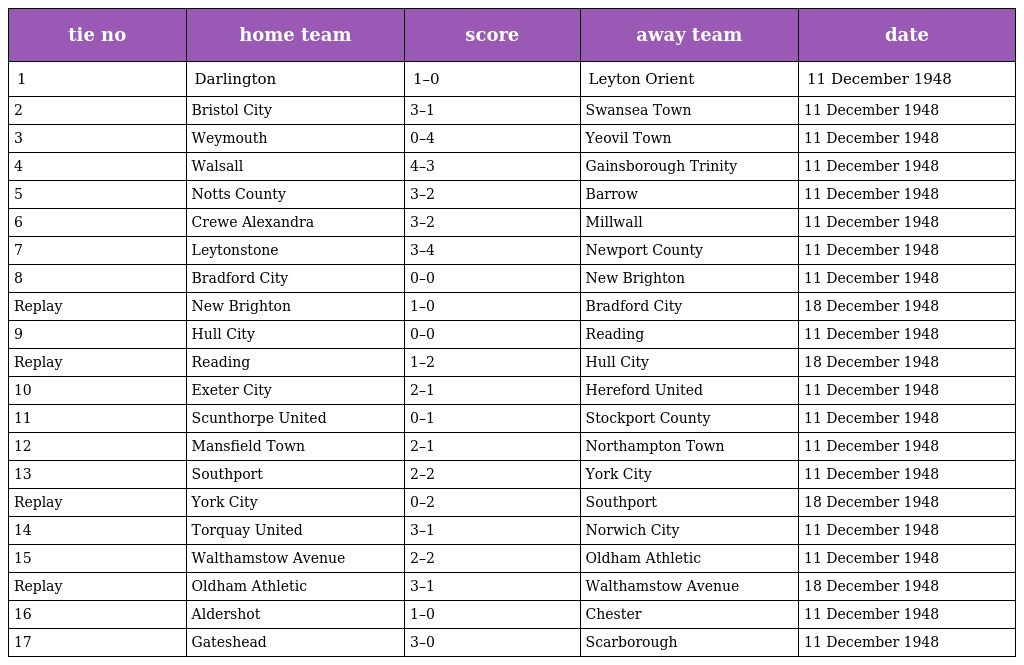
| tie no | home team | score | away team | date |
 | --- | --- | --- | --- | --- |
 | 1 | Darlington | 1–0 | Leyton Orient | 11 December 1948 |
 | 2 | Bristol City | 3–1 | Swansea Town | 11 December 1948 |
 | 3 | Weymouth | 0–4 | Yeovil Town | 11 December 1948 |
 | 4 | Walsall | 4–3 | Gainsborough Trinity | 11 December 1948 |
 | 5 | Notts County | 3–2 | Barrow | 11 December 1948 |
 | 6 | Crewe Alexandra | 3–2 | Millwall | 11 December 1948 |
 | 7 | Leytonstone | 3–4 | Newport County | 11 December 1948 |
 | 8 | Bradford City | 0–0 | New Brighton | 11 December 1948 |
 | Replay | New Brighton | 1–0 | Bradford City | 18 December 1948 |
 | 9 | Hull City | 0–0 | Reading | 11 December 1948 |
 | Replay | Reading | 1–2 | Hull City | 18 December 1948 |
 | 10 | Exeter City | 2–1 | Hereford United | 11 December 1948 |
 | 11 | Scunthorpe United | 0–1 | Stockport County | 11 December 1948 |
 | 12 | Mansfield Town | 2–1 | Northampton Town | 11 December 1948 |
 | 13 | Southport | 2–2 | York City | 11 December 1948 |
 | Replay | York City | 0–2 | Southport | 18 December 1948 |
 | 14 | Torquay United | 3–1 | Norwich City | 11 December 1948 |
 | 15 | Walthamstow Avenue | 2–2 | Oldham Athletic | 11 December 1948 |
 | Replay | Oldham Athletic | 3–1 | Walthamstow Avenue | 18 December 1948 |
 | 16 | Aldershot | 1–0 | Chester | 11 December 1948 |
 | 17 | Gateshead | 3–0 | Scarborough | 11 December 1948 |